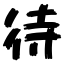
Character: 待